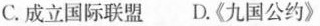
C.成立国际联盟D.《九国公约》